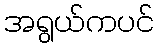
အရွယ်ကပင်